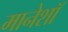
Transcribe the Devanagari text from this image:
मानेशॉ